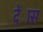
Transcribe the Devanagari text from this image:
देंास